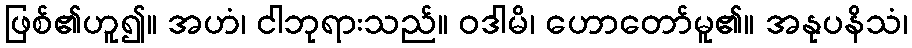
ဖြစ်၏ဟူ၍။ အဟံ၊ ငါဘုရားသည်။ ဝဒါမိ၊ ဟောတော်မူ၏။ အနုပနိသံ၊